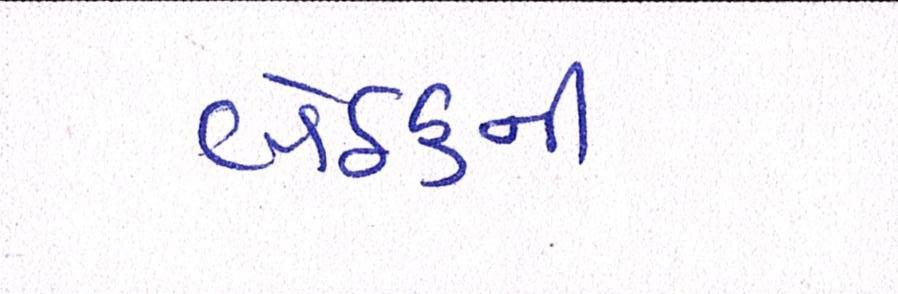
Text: બેઠકની